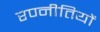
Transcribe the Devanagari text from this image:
रण्नीतियों